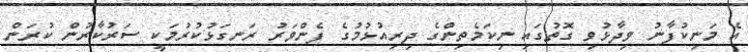
އެ މަނިކުފާނު ވިދާޅުވި ގޮތުގައި ނިކަމެތިންގެ ދިރިއުޅުމުގެ ފެންވަރު ރަނގަޅުކުރުމަކީ ސަރުކާރުން ކުރަން